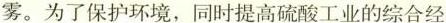
雾。为了保护环境，同时提高硫酸工业的综合经